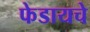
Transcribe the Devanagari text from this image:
फेडायचे